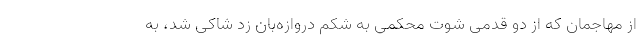
از مهاجمان که از دو قدمی شوت محکمی به شکم دروازه‌بان زد شاکی شد، به